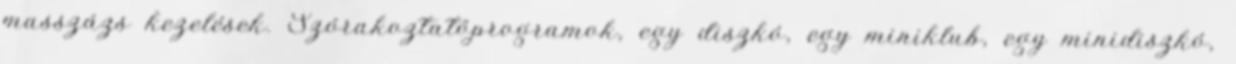
masszázs kezelések. Szórakoztatóprogramok, egy diszkó, egy miniklub, egy minidiszkó,